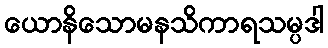
ယောနိသောမနသိကာရသမ္ပဒါ